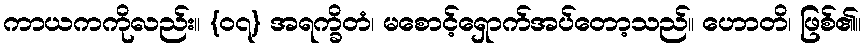
ကာယကကိုလည်း။ {၀၇} အရက္ခိတံ၊ မစောင့်ရှောက်အပ်တော့သည်။ ဟောတိ၊ ဖြစ်၏။